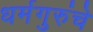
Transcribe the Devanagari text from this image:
धर्मगुरुंचे